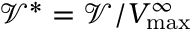
{ \mathcal { V } } ^ { \ast } = { \mathcal { V } } / V _ { \mathrm { m a x } } ^ { \infty }